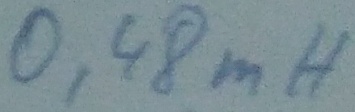
Text: 0,48mH